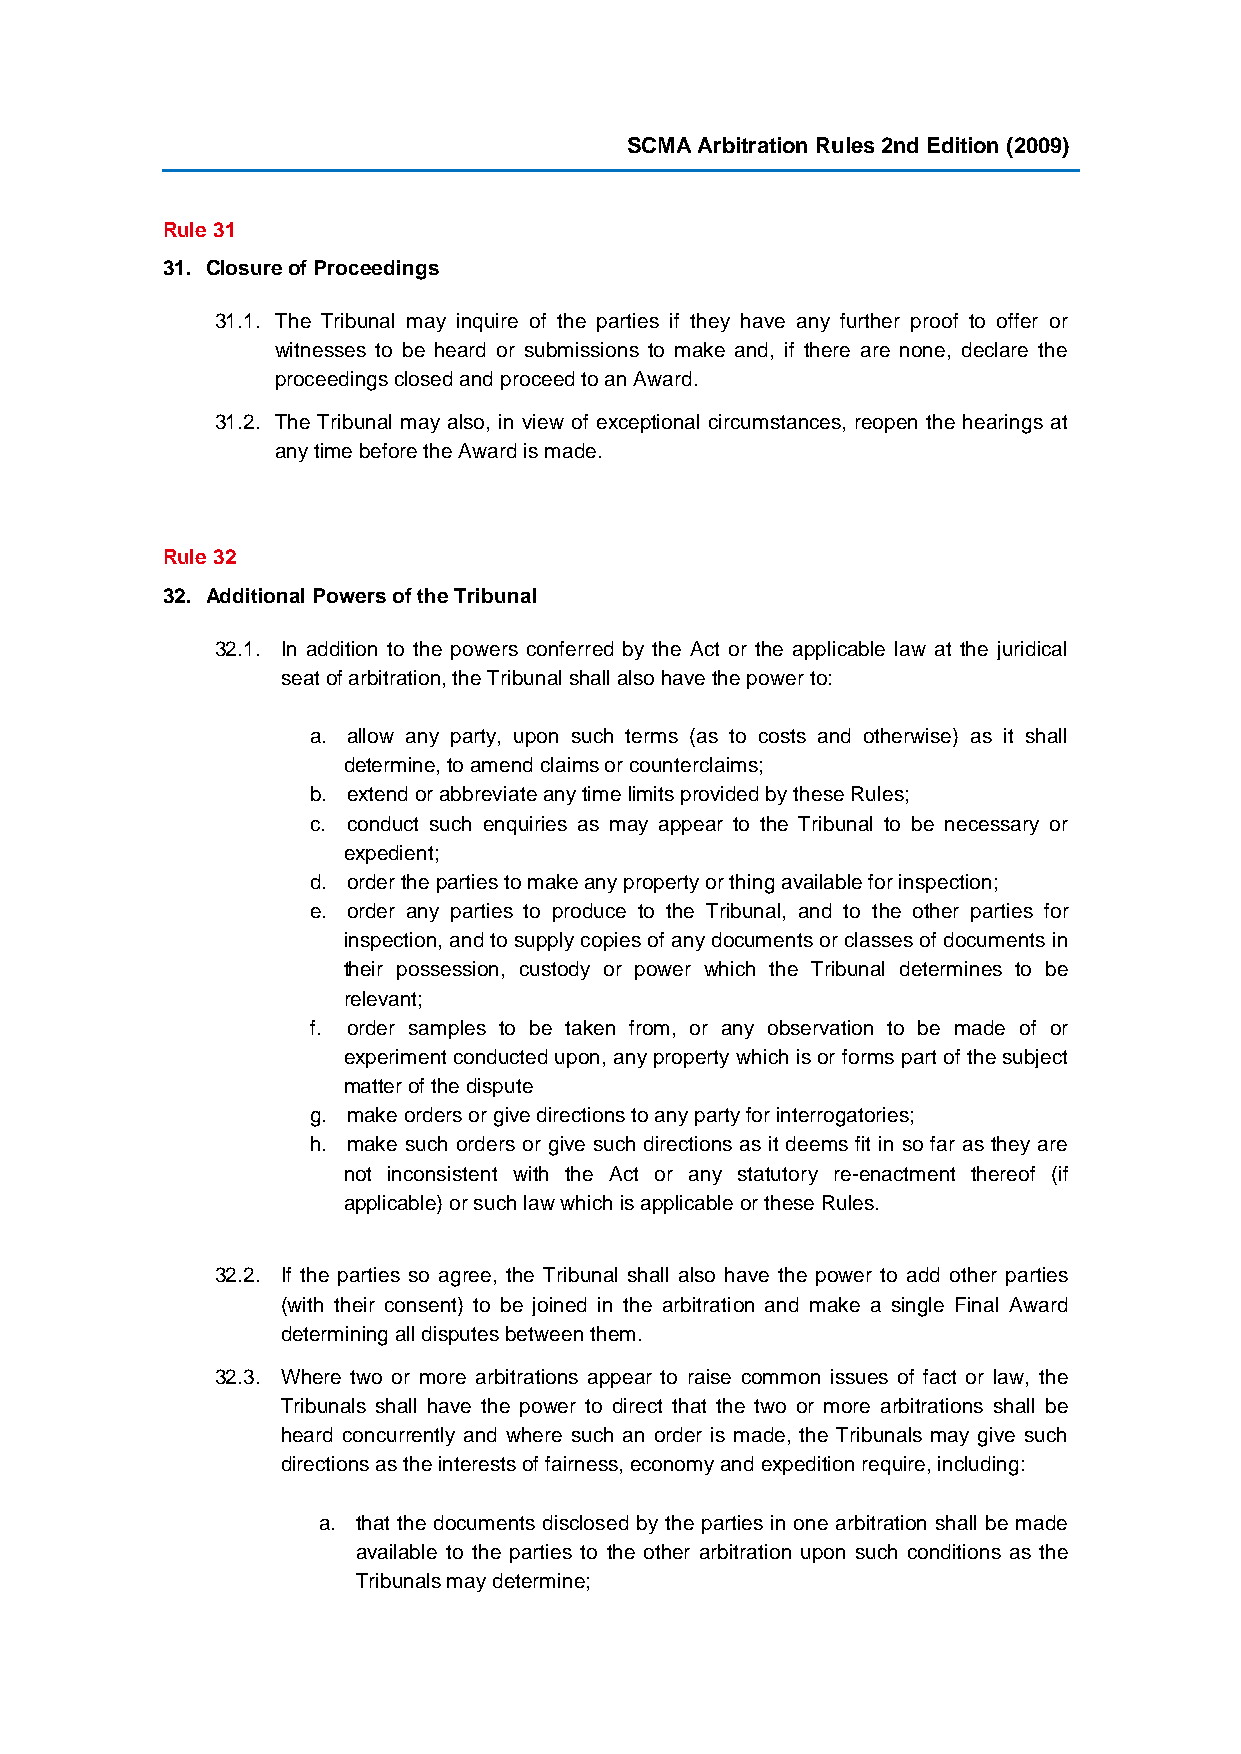
SCMA Arbitration Rules 2nd Edition (2009)
 Rule 31
 31. Closure of Proceedings
 31.1. The Tribunal may inquire of the parties if they have any further proof to offer or
 witnesses to be heard or submissions to make and, if there are none, declare the
 proceedings closed and proceed to an Award.
 31.2. The Tribunal may also, in view of exceptional circumstances, reopen the hearings at
 any time before the Award is made.
 Rule 32
 32. Additional Powers of the Tribunal
 32.1. In addition to the powers conferred by the Act or the applicable law at the juridical
 seat of arbitration, the Tribunal shall also have the power to:
 a. allow any party, upon such terms (as to costs and otherwise) as it shall
 determine, to amend claims or counterclaims;
 b. extend or abbreviate any time limits provided by these Rules;
 c. conduct such enquiries as may appear to the Tribunal to be necessary or
 expedient;
 d. order the parties to make any property or thing available for inspection;
 e. order any parties to produce to the Tribunal, and to the other parties for
 inspection, and to supply copies of any documents or classes of documents in
 their possession, custody or power which the Tribunal determines to be
 relevant;
 f. order samples to be taken from, or any observation to be made of or
 experiment conducted upon, any property which is or forms part of the subject
 matter of the dispute
 g. make orders or give directions to any party for interrogatories;
 h. make such orders or give such directions as it deems fit in so far as they are
 not inconsistent with the Act or any statutory re-enactment thereof (if
 applicable) or such law which is applicable or these Rules.
 32.2. If the parties so agree, the Tribunal shall also have the power to add other parties
 (with their consent) to be joined in the arbitration and make a single Final Award
 determining all disputes between them.
 32.3. Where two or more arbitrations appear to raise common issues of fact or law, the
 Tribunals shall have the power to direct that the two or more arbitrations shall be
 heard concurrently and where such an order is made, the Tribunals may give such
 directions as the interests of fairness, economy and expedition require, including:
 a. that the documents disclosed by the parties in one arbitration shall be made
 available to the parties to the other arbitration upon such conditions as the
 Tribunals may determine;